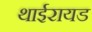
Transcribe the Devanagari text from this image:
थाईरायड